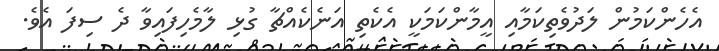
އެހެންކަމުން ލަދުވެތިކަމާއި އީމާންކަމަކީ އެކެތި އަނެކެއްޗާ ގުޅި ލާމެހިފައިވާ ދެ ސިފަ އެވެ.